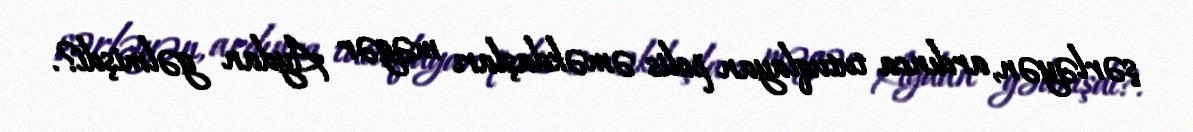
şərləyən, ardınca tutuqlayan polis əməkdaşları məgər Aydan gəlmişdi?.